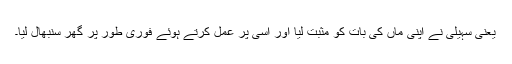
یعنی سہیلی نے اپنی ماں کی بات کو مثبت لیا اور اسی پر عمل کرتے ہوئے فوری طور پر گھر سنبھال لیا۔